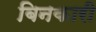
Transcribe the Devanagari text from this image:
बिनकारी